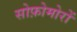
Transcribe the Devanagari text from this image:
सोफ़ोमोरों